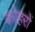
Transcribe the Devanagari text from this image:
कोहरों